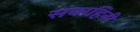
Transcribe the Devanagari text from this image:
संवाहिनी